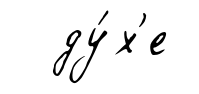
ду́х'е